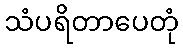
သံပရိတာပေတုံ